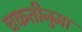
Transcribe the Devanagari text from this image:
चकतीनुमा